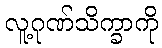
လူ့ဂုဏ်သိက္ခာကို